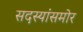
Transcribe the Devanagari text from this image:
सदस्यांसमोर